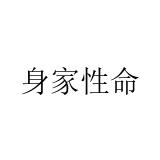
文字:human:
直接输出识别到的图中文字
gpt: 身家性命